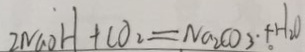
2 N a O H + C O _ { 2 } = N a _ { 2 } C O _ { 3 } . + H _ { 2 } O